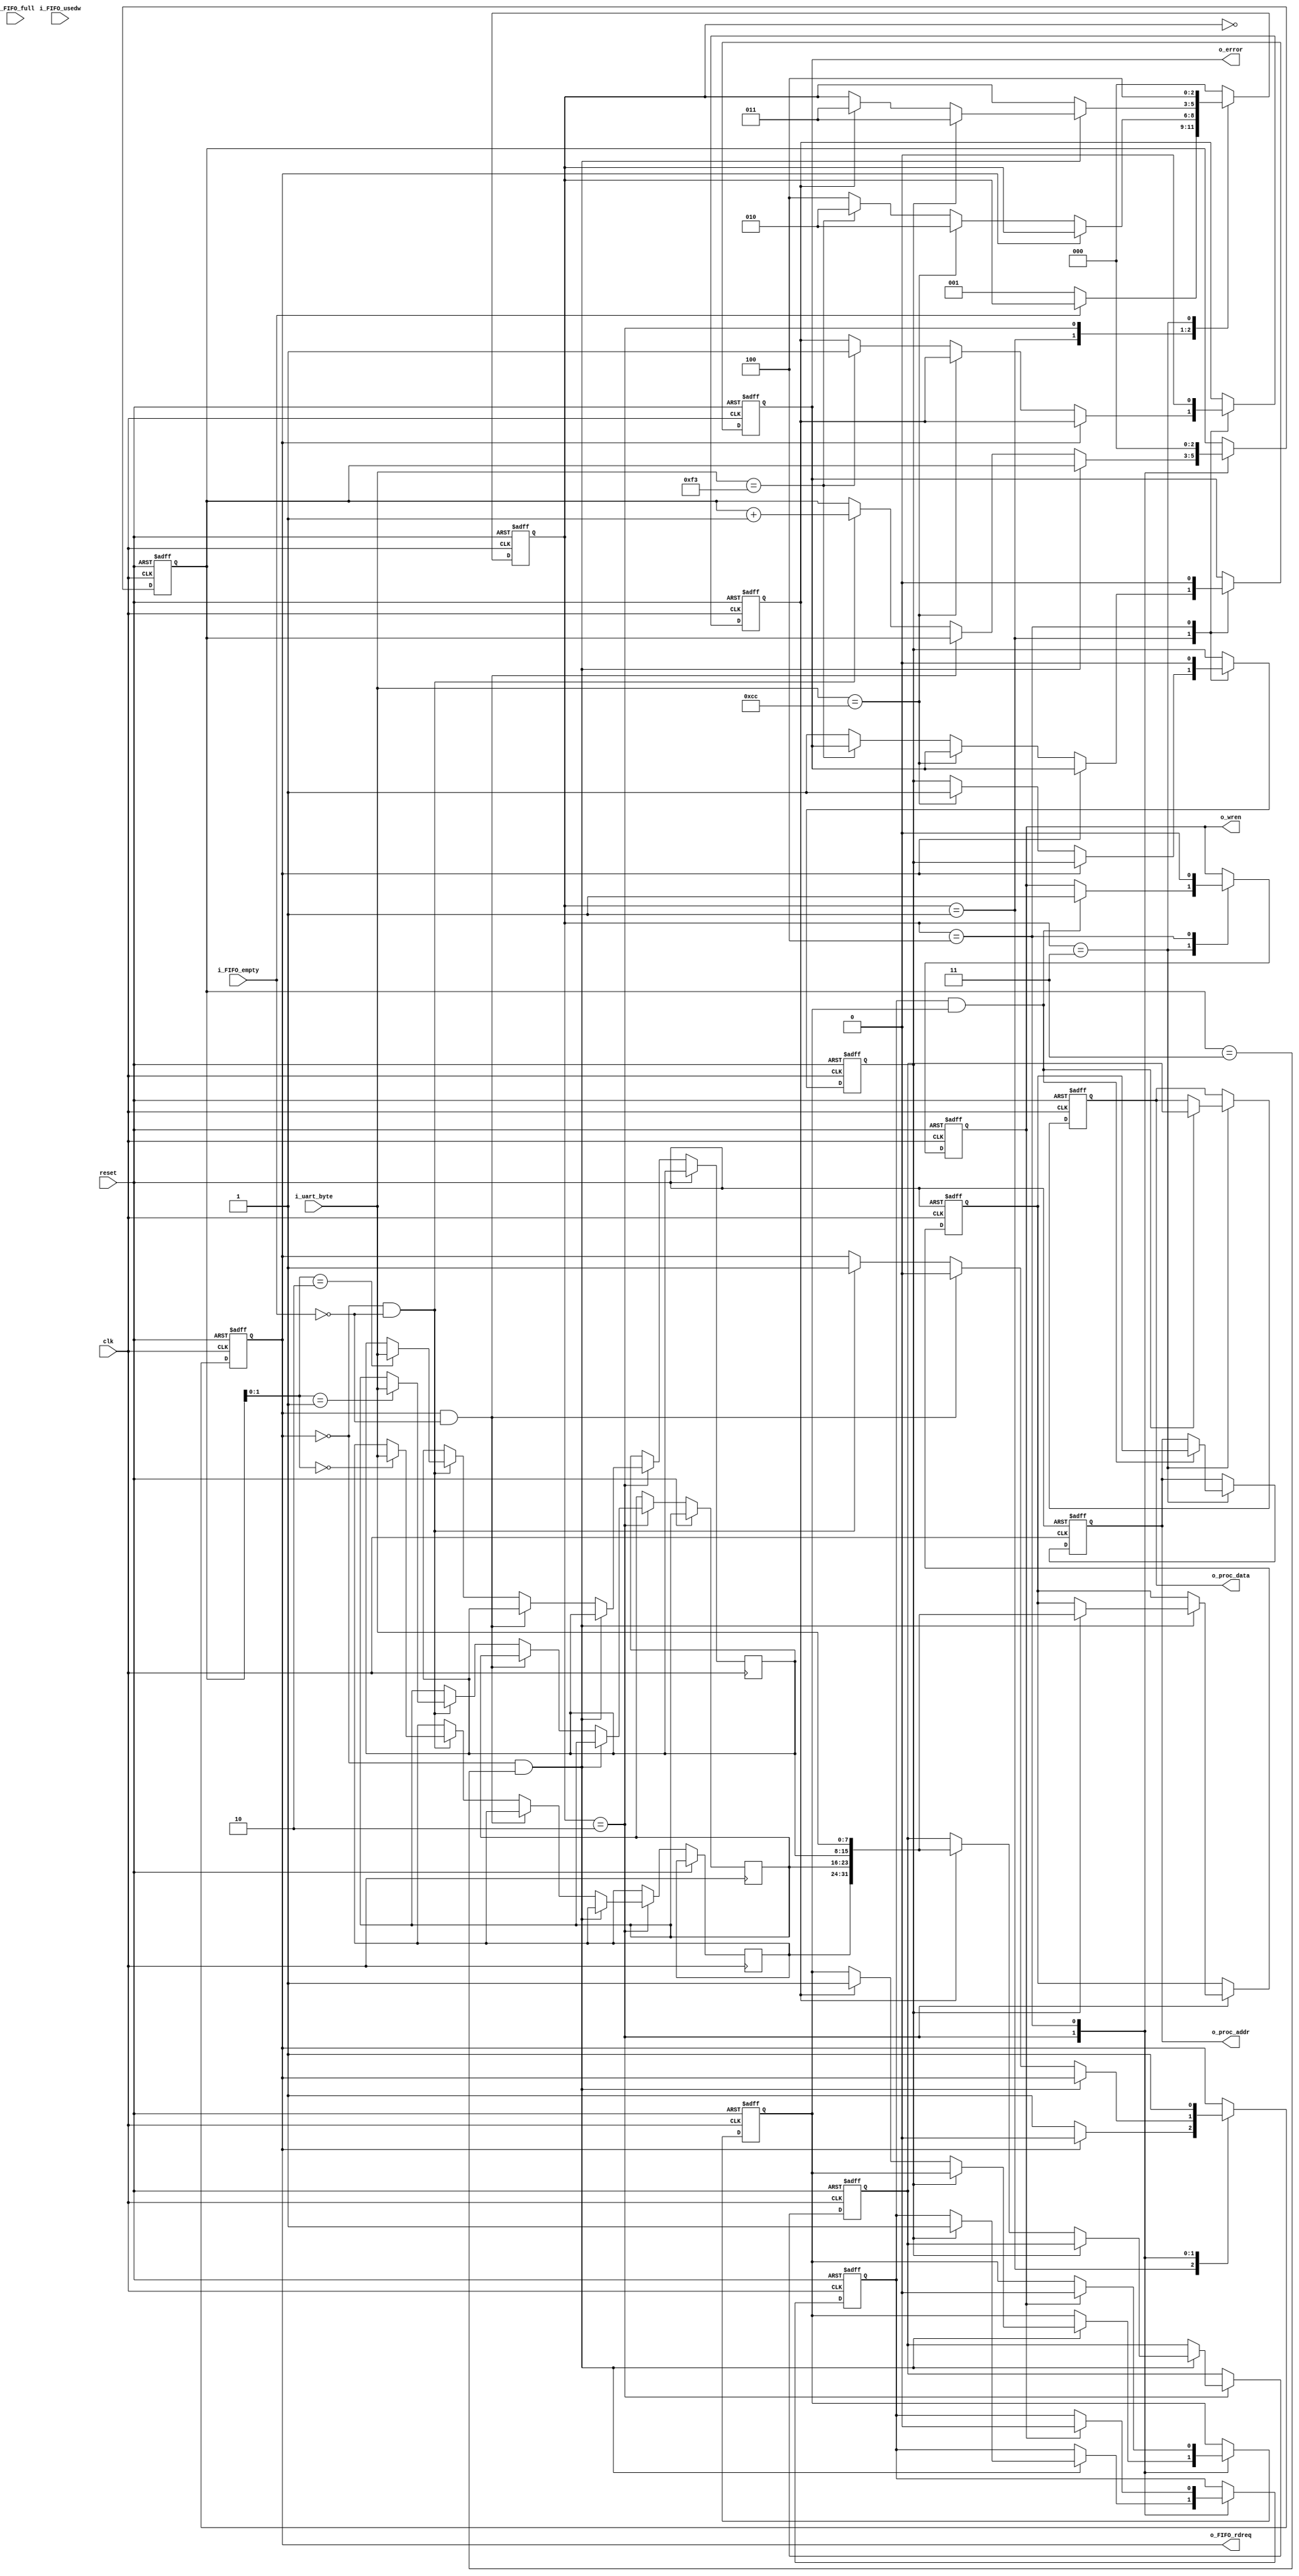
module uart_encoder
(
	input					clk,
	input					reset,
	input 	[7:0]		i_uart_byte,
	input					i_FIFO_full,
	input					i_FIFO_empty,
	input		[6:0]		i_FIFO_usedw,
	
	output				o_FIFO_rdreq,
	output	[31:0]	o_proc_data,
	output	[31:0]	o_proc_addr,
	output				o_wren,
	output				o_error
);

parameter 	s_IDLE				= 3'b000;
parameter	s_READ_HEADER		= 3'b001;
parameter	s_READ_WORD			= 3'b010;
parameter	s_DISPATCH_WORD 	= 3'b011;
parameter	s_CLEANUP			= 3'b100;

parameter	c_ADDR				= 8'b11001100;
parameter	c_DATA				= 8'b11110011;

reg			r_wren			= 0;
reg			r_rdreq			= 1;
reg			r_Data_Flag		= 0;
reg			r_Addr_Flag		= 0;
reg			r_Data_Ready	= 0;
reg			r_Addr_Ready	= 0;
reg			r_Header_Error = 0;
reg [2:0]	r_SM_Main		= 0;
reg [2:0]	r_Byte_Cnt		= 0;
reg [7:0]	r_Read_Buffer[3:0];
reg [31:0]	r_Addr_Buffer;
reg [31:0]	r_Data_Buffer;
reg [31:0]	r_Addr;
reg [31:0]	r_Data;


always @(posedge clk or posedge reset)
	begin
		if (reset)
			begin
			r_wren 			<= 0;
			r_rdreq 			<= 1;
			r_Data_Flag 	<= 0;
			r_Addr_Flag		<= 0;
			r_Data_Ready	<= 0;
			r_Addr_Ready	<= 0;
			r_Header_Error	<=	0;
			r_SM_Main 		<= 0;
			r_Byte_Cnt		<= 0;
			r_Addr_Buffer	<=	0;
			r_Data_Buffer	<= 0;
			r_Addr			<= 0;
			r_Data			<= 0;
			end
		else
			begin
				case (r_SM_Main)
					s_IDLE:
						begin
							if (!i_FIFO_empty)
								begin
									r_SM_Main <= s_READ_HEADER;
								end
						end
					s_READ_HEADER:
						begin
							if (r_rdreq)
								begin
									r_rdreq <= 0;
								end
							else
								begin
									if (i_uart_byte == c_ADDR)
										begin
											r_Addr_Flag <= 1;
											r_SM_Main <= s_READ_WORD;
											r_rdreq <= 1;
										end
									else if (i_uart_byte == c_DATA)
										begin
											r_Data_Flag <= 1;
											r_SM_Main <= s_READ_WORD;
											r_rdreq <= 1;
										end
									else
										begin
											r_Header_Error <= 1;
											r_SM_Main <= s_CLEANUP;
											r_rdreq <= 1;
										end
								end
						end
					s_READ_WORD:
						begin
							if (!r_rdreq && r_Byte_Cnt == 3)
								begin
									if (r_Addr_Flag)
										begin
											r_Addr_Buffer <= {r_Read_Buffer[0],r_Read_Buffer[1],r_Read_Buffer[2],i_uart_byte};
											r_Addr_Ready <= 1;
											r_SM_Main <= s_DISPATCH_WORD;
										end
									else if (r_Data_Flag)
										begin
											r_Data_Buffer <= {r_Read_Buffer[0],r_Read_Buffer[1],r_Read_Buffer[2],i_uart_byte};
											r_Data_Ready <= 1;
											r_SM_Main <= s_DISPATCH_WORD;
										end
								end
							else if (r_rdreq && !i_FIFO_empty)
								begin
									r_rdreq <= 0;
								end
							else if (!r_rdreq && !i_FIFO_empty)
								begin
									r_Read_Buffer[r_Byte_Cnt] <= i_uart_byte;
									r_Byte_Cnt <= r_Byte_Cnt + 1;
									r_rdreq <= 1;
								end	
						end
					s_DISPATCH_WORD:
						begin
							if (r_Addr_Ready && r_Data_Ready)
								begin
									r_Addr <= r_Addr_Buffer;
									r_Data <= r_Data_Buffer;
									r_wren <= 1;
									r_SM_Main <= s_CLEANUP;
								end
							else
								begin
									r_SM_Main <= s_CLEANUP;
								end
						end
					s_CLEANUP:
						begin
							if (r_wren)
								begin
									r_Byte_Cnt <= 0;
									r_Data_Ready <= 0;
									r_Addr_Ready <= 0;
									r_Addr_Flag <= 0;
									r_Data_Flag <= 0;
									r_rdreq <= 1;
									r_Header_Error <= 0;
									r_wren <= 0;
									r_SM_Main <= s_IDLE;
								end
							else
								begin
									r_Byte_Cnt <= 0;
									r_Addr_Flag <= 0;
									r_Data_Flag <= 0;
									r_rdreq <= 1;
									r_Header_Error <= 0;
									r_SM_Main <= s_IDLE;
								end
						end
					default:
						r_SM_Main <= s_IDLE;
					endcase
			end
	end
	
	assign o_FIFO_rdreq 	= r_rdreq;
	assign o_proc_data	= r_Data;
	assign o_proc_addr	= r_Addr;
	assign o_wren			= r_wren;
	assign o_error			= r_Header_Error;

endmodule